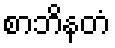
စာဘိနတံ